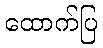
ထောက်ပြ